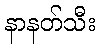
နာနတ်သီး